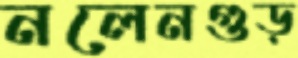
নলেনগুড়